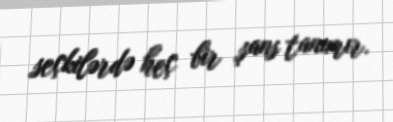
seçkilərdə heç bir şans tanımır.